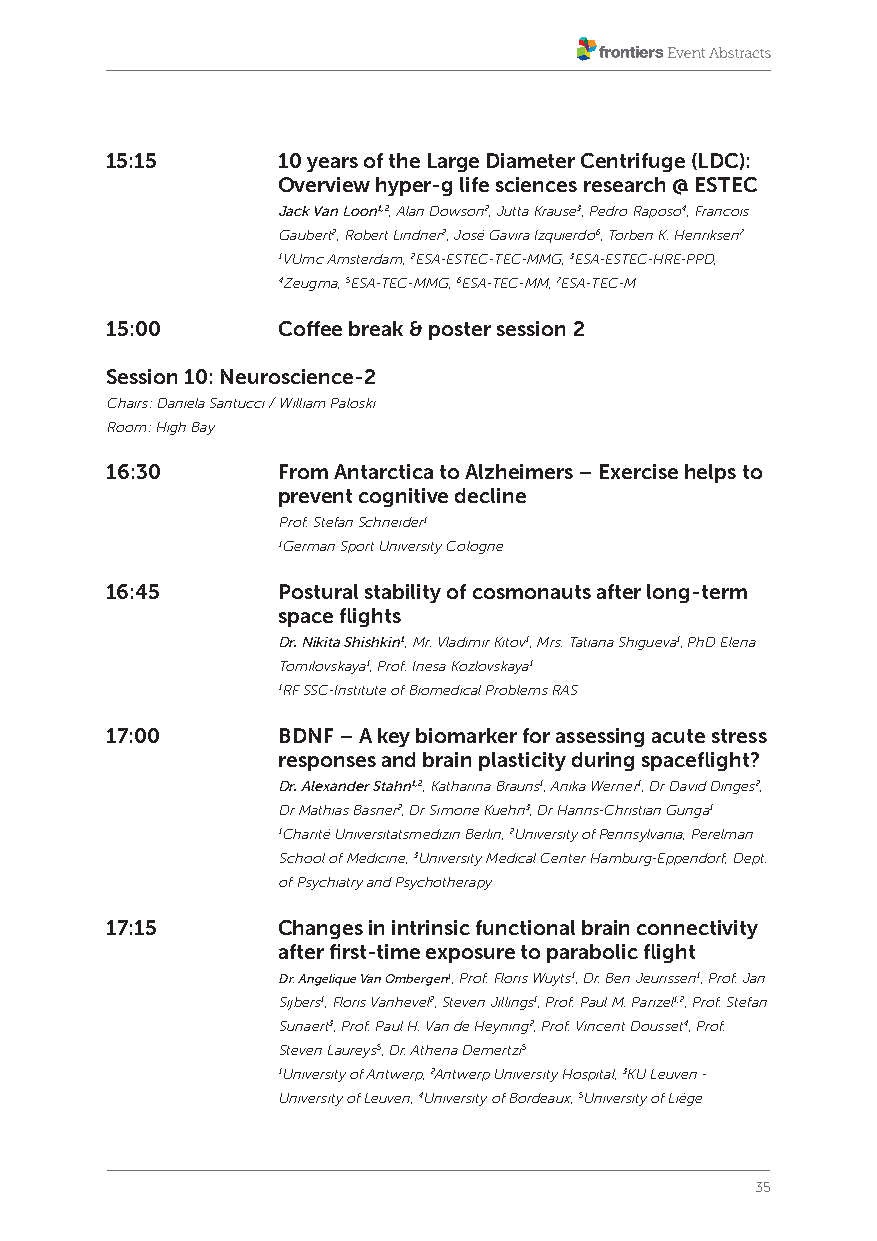
15:15      10 years of the Large Diameter Centrifuge (LDC):
 Overview hyper-g life sciences research @ ESTEC
 Jack Van Loon1,2, Alan Dowson2, Jutta Krause3, Pedro Raposo4, Francois
 Gaubert2, Robert Lindner2, José Gavira Izquierdo6, Torben K. Henriksen7
 1VUmc Amsterdam, 2ESA-ESTEC-TEC-MMG, 3ESA-ESTEC-HRE-PPD,
 4Zeugma, 5ESA-TEC-MMG, 6ESA-TEC-MM, 7ESA-TEC-M
 15:00      Coffee break & poster session 2
 Session 10: Neuroscience-2
 Chairs: Daniela Santucci / William Paloski
 Room: High Bay
 16:30      From Antarctica to Alzheimers – Exercise helps to
 prevent cognitive decline
 Prof. Stefan Schneider1
 1German Sport University Cologne
 16:45      Postural stability of cosmonauts after long-term
 space flights
 Dr. Nikita Shishkin1, Mr. Vladimir Kitov1, Mrs. Tatiana Shigueva1, PhD Elena
 Tomilovskaya1, Prof. Inesa Kozlovskaya1
 1RF SSC-Institute of Biomedical Problems RAS
 17:00      BDNF – A key biomarker for assessing acute stress
 responses and brain plasticity during spaceflight?
 Dr. Alexander Stahn1,2, Katharina Brauns1, Anika Werner1, Dr David Dinges2,
 Dr Mathias Basner2, Dr Simone Kuehn3, Dr Hanns-Christian Gunga1
 1Charité Universitätsmedizin Berlin, 2University of Pennsylvania, Perelman
 School of Medicine, 3University Medical Center Hamburg-Eppendorf, Dept.
 of Psychiatry and Psychotherapy
 17:15      Changes in intrinsic functional brain connectivity
 after first-time exposure to parabolic flight
 Dr. Angelique Van Ombergen1, Prof. Floris Wuyts1, Dr. Ben Jeurissen1, Prof. Jan
 Sijbers1, Floris Vanhevel2, Steven Jillings1, Prof. Paul M. Parizel1,2, Prof. Stefan
 Sunaert3, Prof. Paul H. Van de Heyning2, Prof. Vincent Dousset4, Prof.
 Steven Laureys5, Dr. Athena Demertzi5
 1University of Antwerp, 2Antwerp University Hospital, 3KU Leuven -
 University of Leuven, 4University of Bordeaux, 5University of Liège
 35